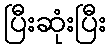
ပြီးဆုံးပြီး